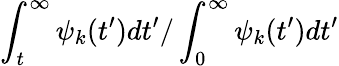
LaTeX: \int_{t}^{\infty}\psi_{k}(t^{\prime})dt^{\prime}/\int_{0}^{\infty}\psi_{k}(t^{\prime})dt^{\prime}